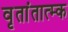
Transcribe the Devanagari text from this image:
वृतांतात्‍म्क